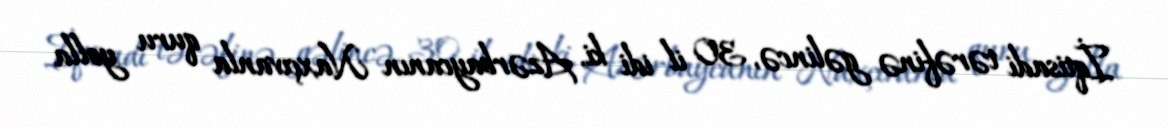
İqtisadi tərəfinə gəlincə, 30 il idi ki, Azərbaycanın Naxçıvanla quru yolla